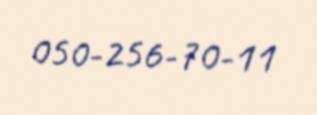
050-256-70-11